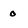
Character: o